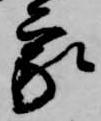
家